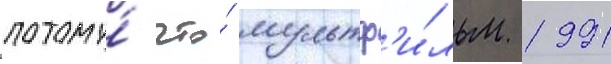
потому́ что́ мультф'и́льм 1991